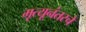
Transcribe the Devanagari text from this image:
मृत्यूनंतरचे